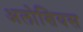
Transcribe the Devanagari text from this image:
अलोशियस